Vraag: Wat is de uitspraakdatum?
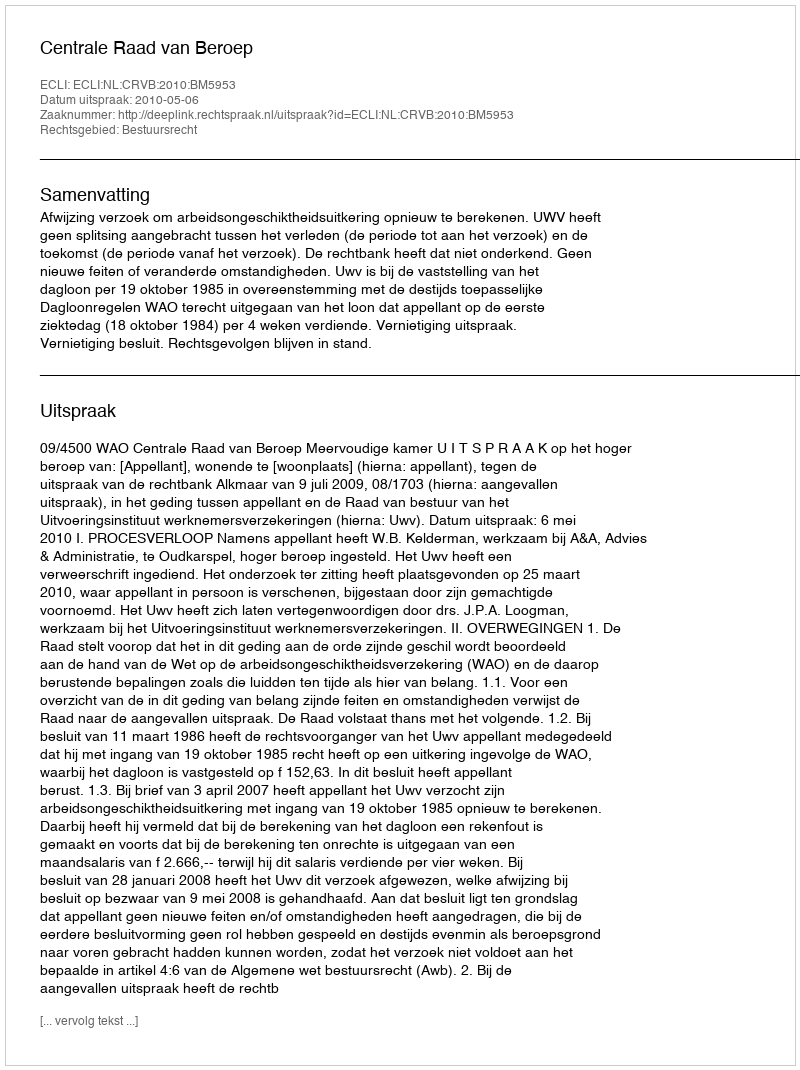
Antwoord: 2010-05-06